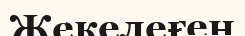
Жекелеғен